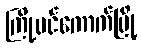
ကြို့ပင်ကောက်မြို့